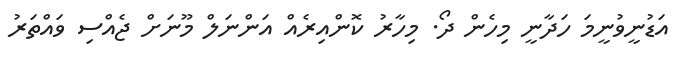
އަޑުނީވުނީމަ ހަދާނީ މިހެން ދޯ. މިހާރު ކޮންއިރެއް އަންނަލް މޫނަށް ޖެއްސި ވައްތަރު